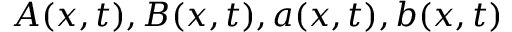
A ( x , t ) , B ( x , t ) , a ( x , t ) , b ( x , t )